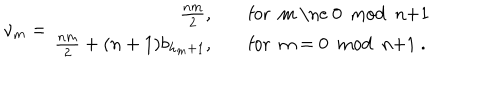
LaTeX: \nu _ { m } = \begin{array} { r l } { { \frac { n m } { 2 } , } } & { { \quad \mathrm { f o r ~ m ~ \ne ~ 0 ~ m o d ~ n + 1 ~ } } } \\ { { \frac { n m } { 2 } + ( n + 1 ) b _ { h _ { m } + 1 } , } } & { { \quad \mathrm { f o r ~ m ~ = ~ 0 ~ m o d ~ n + 1 ~ } . } } \\ \end{array}